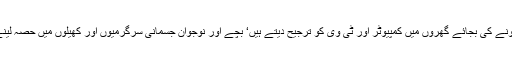
ہم باہر نکل کر مناظر قدرت سے لطف اندوز ہونے کی بجائے گھروں میں کمپیوٹر اور ٹی وی کو ترجیح دیتے ہیں‘ بچے اور نوجوان جسمانی سرگرمیوں اور کھیلوں میں حصہ لینے کی بجائے وڈیو گیمز کھیلنا پسند کرتے ہیں۔